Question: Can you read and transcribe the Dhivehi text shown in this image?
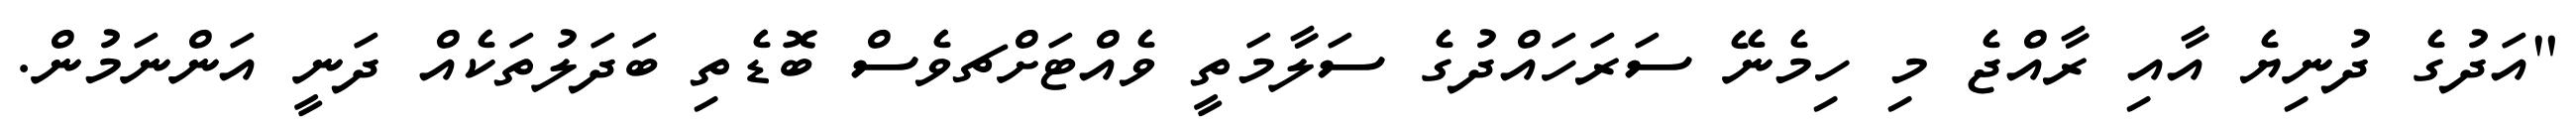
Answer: "އަދުގެ ދުނިޔެ އާއި ރާއްޖެ މި ހިމެނޭ ސަރަހައްދުގެ ސަލާމަތީ ވެއްޓަށްޗވެސް ބޮޑެތި ބަދަލުތަކެއް ދަނީ އަންނަމުން.